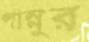
পান্নুর